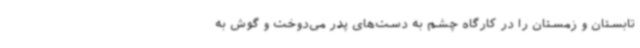
تابستان و زمستان را در کارگاه چشم به دست‌های پدر می‌دوخت و گوش به